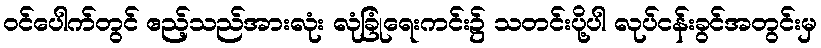
၀င်ပေါက်တွင် ဧည့်သည်အားလုံး လုံခြုံရေးကင်း၌ သတင်းပို့ပါ လုပ်ငန်းခွင်အတွင်းမှ